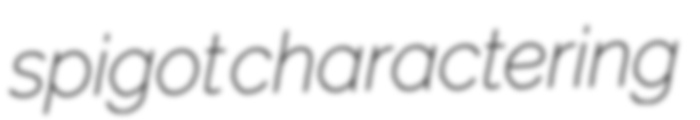
spigot charactering